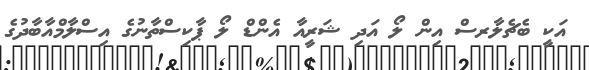
އަކީ ބެޗެލާރސް އިން ލޯ އަދި ޝަރީއާ އެންޑް ލޯ ޕާކިސްތާނުގެ އިސްލާމްއާބާދުގެ